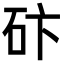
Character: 𥑃